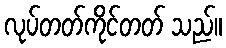
လုပ်တတ်ကိုင်တတ် သည်။